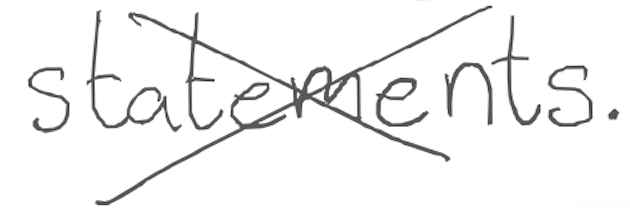
Text: statements.
Cross-out: cross
Writing tool: digital_gray